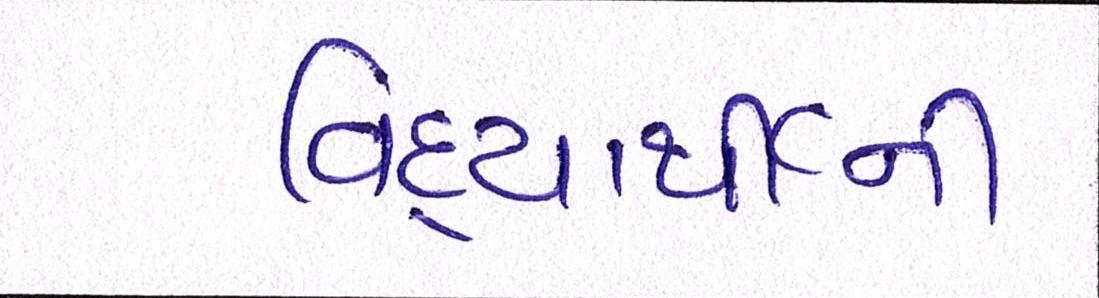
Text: વિદ્યાર્થીની